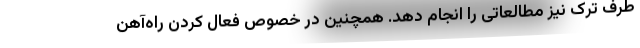
طرف ترک نیز مطالعاتی را انجام دهد. همچنین در خصوص فعال کردن راه‌آهن